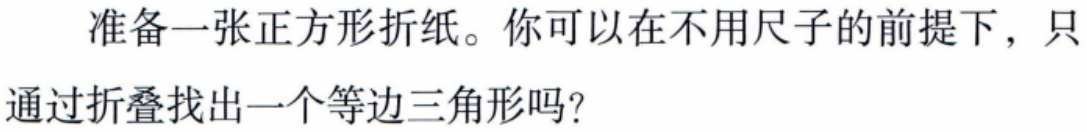
准备一张正方形折纸。你可以在不用尺子的前提下，只

通过折叠找出一个等边三角形吗？